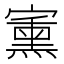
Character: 𱚗